Insane asylums in Bengal annual reports 1876-1887 - 1876-1887
Year: 1876
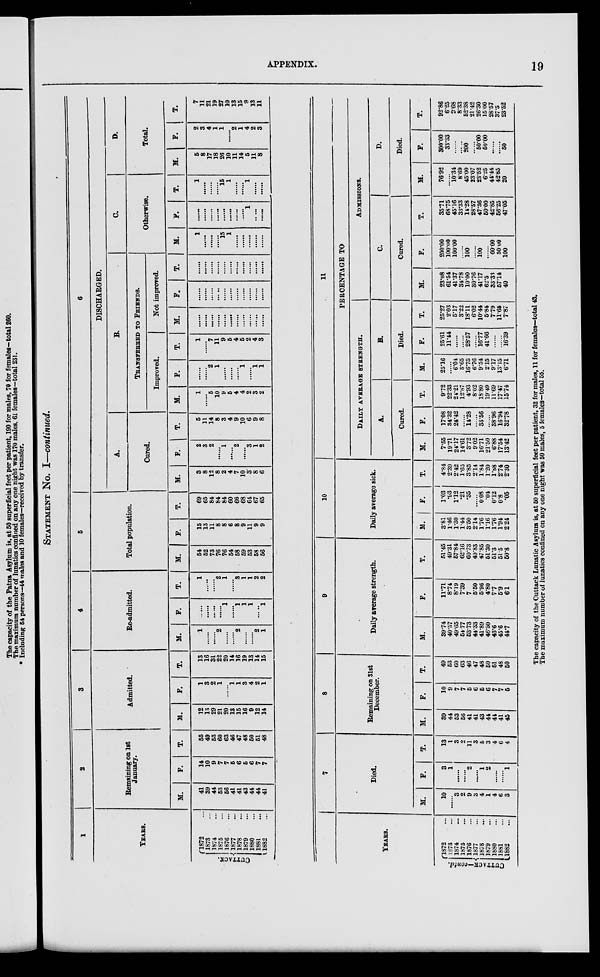
APPENDIX.
19
STATEMENT No. I—continued.
1
YEARS.
CUTTACK.
1872 ...
1873 ...
1874 ...
1875 ...
1876 ...
1877 ...
1878 ...
1879 ...
1880 ...
1881 ...
1882 ...
2
Remaining on 1st
January.
M.
41
39
44
53
56
41
41
43
44
44
41
F.
14
10
9
7
7
5
6
5
6
7
7
T.
55
49
53
60
63
46
47
48
50
51
48
3
Admitted.
M.
12
13
29
21
20
13
15
16
9
12
14
F.
1
3
2
1
......
1
1
3
4
2
1
T.
13
16
31
22
20
14
16
19
13
14
15
4
Re-admitted.
M.
1
......
......
2
......
......
2
......
......
2
1
F.
......
......
......
......
1
......
1
1
1
......
1
T.
1
......
......
2
1
......
3
1
1
2
2
5
Total population.
M.
54
52
73
76
76
54
58
59
53
58
56
F.
15
13
11
8
8
6
8
9
11
9
9
T.
69
65
84
84
84
60
66
68
64
67
65
6
DISCHARGED.
A.
Cured.
M.
3
8
12
8
2
4
7
10
3
8
6
F.
2
3
2
......
1
......
2
......
3
1
2
T .
5
11
14
8
3
4
9
10
6
9
8
B.
TRANSFERRED TO FRIENDS.
Improved.
M.
1
......
5
10
9
5
4
4
2
3
2
F.
......
......
2
1
......
......
......
1
......
1
1
T.
1
......
7
11
9
5
4
5
2
4
3
Not improved.
M.
......
......
......
......
......
......
......
......
......
......
......
F.
......
......
......
......
......
......
......
......
......
......
......
T.
......
......
......
......
......
......
......
......
......
......
......
C.
Otherwise.
M.
1
......
......
......
15
1
......
......
......
......
......
F.
......
......
......
......
......
......
......
.....
1
.....
......
T.
1
......
......
......
15
1
......
......
1
......
......
D.
Total.
M.
5
8
17
18
26
10
11
14
5
11
8
F .
2
3
4
1
1
......
2
1
4
2
3
T .
7
11
21
19
27
10
13
15
9
13
11
YEARS.
CUTTACK—contd.
1872 ...
1873 ...
1874 ...
1875 ...
1876 ...
1877 ...
1878 ...
1879 ...
1880 ...
1881 ...
1882 ...
7
Died.
M.
10
......
3
2
9
3
4
1
4
6
3
F.
3
1
......
......
2
......
1
2
......
......
1
T.
13
1
3
2
11
3
5
3
4
6
4
8
Remaining on 31st
December.
M.
39
44
53
56
41
41
43
44
44
41
45
F.
10
9
7
7
5
6
5
6
7
7
5
T.
49
53
60
63
46
47
48
50
51
48
50
9
Daily average strength.
M.
39.74
40.57
49.65
54.77
53.73
44.33
41.89
46.50
43.6
45.6
44.7
F.
11.71
8.74
8.19
7.39
7
5.50
5.96
4.80
7.7
5.9
6.1
T.
51.45
49.31
57.84
62.16
60.73
49.83
47.85
51.30
51.3
51.5
50.8
10
Daily average sick.
M.
3.81
1.46
1.30
1.44
3.50
2.14
1.76
1.16
1.76
1.94
2.24
F.
1.03
.93
1.12
.21
.35
......
0.08
.04
0.12
0.8
.05
T.
4.84
2.39
2.42
1.65
3.85
2.14
1.84
1.20
1.88
2.74
2.30
11
PERCENTAGE TO
DAILY AVERAGE STRENGTH.
A.
Cured.
M.
7.55
19.71
24.17
14.61
3.72
9.02
16.71
21.50
6.88
17.54
13.42
F.
17.08
34.32
24.42
......
14.28
......
33.56
......
38.96
16.94
32.78
T.
9.72
22.33
24.21
12.87
4.93
8.02
18.80
19.49
11.69
17.47
15.74
B.
Died.
M.
25.16
......
6.04
3.65
16.75
6.76
9.54
2.15
9.17
13.15
6.71
F.
25.61
11.44
......
......
28.57
......
16.77
41.66
......
......
16.39
T.
25.27
2.03
5.17
3.22
18.11
6.02
10.44
5.84
7.79
11.65
7.87
ADMISSIONS.
C.
Cured.
M.
23.08
61.54
41.37
34.78
10.00
30.76
41.17
62.5
33.33
57.14
40
F.
200.00
100.00
100.00
......
100
100
......
60.00
50.00
100
T.
35.71
68.75
45.16
33.33
14.28
28.57
47.36
50.00
42.85
56.25
47.05
D.
Died.
M.
76.92
......
10.34
8.69
45.00
23.07
23.52
6.25
44.44
42.85
20
F.
300.00
33.33
......
......
200
......
50.00
50.00
......
......
50
T.
92.86
6.25
9.68
8.33
52.38
21.42
26.30
15.00
28.57
37.5
23.52
The capacity of the Cuttack Lunatic Asylum is, at 50 superficial feet per patient, 32 for males, 11 for females—total 43.
The maximum number of lunatics confined on any one night was 50 males, 5 females—total 55.